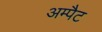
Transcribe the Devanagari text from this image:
अम्पैट